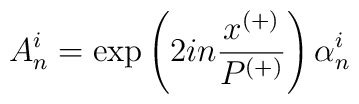
A^i_n = \exp \left( 2in \frac{x^{(+)}}{P^{(+)}} \right) \alpha^i_n